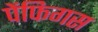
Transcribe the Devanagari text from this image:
पेंफिगस